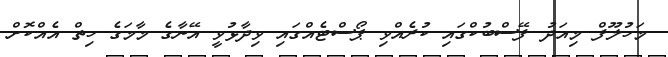
މަހުލޫފް މިއަދު ފޭސްބުކްގައި ކުރެއްވި ޕޯސްޓެއްގައި ވިދާޅުވީ އޭނާގެ މާމަގެ ހިތް އެއްކޮށް